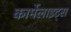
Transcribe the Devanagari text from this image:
कार्मेलाइट्स